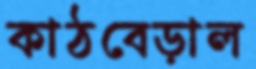
কাঠবেড়াল